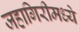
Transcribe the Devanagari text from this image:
जहागिरीमध्‍ये